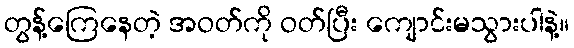
တွန့်ကြေနေတဲ့ အဝတ်ကို ဝတ်ပြီး ကျောင်းမသွားပါနဲ့။